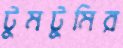
টুমটুমির